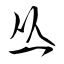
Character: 丛